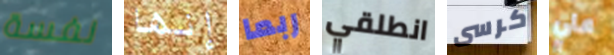
نفسة إنها ربما انطلقي كرسى علي